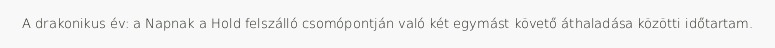
A drakonikus év: a Napnak a Hold felszálló csomópontján való két egymást követő áthaladása közötti időtartam.